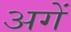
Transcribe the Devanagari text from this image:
अगें